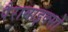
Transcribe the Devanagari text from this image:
पैरामाइक्सो